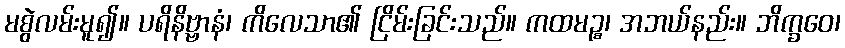
မစွဲလမ်းမူ၍။ ပရိနိဗ္ဗာနံ၊ ကိလေသာ၏ ငြိမ်းခြင်းသည်။ ကထမဉ္စ၊ အဘယ်နည်း။ ဘိက္ခဝေ၊